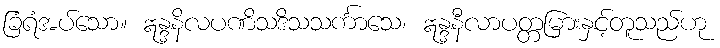
ခြံရံအပ်သော။ ဣန္ဒနိလပဏိသဒိသသင်္ကာသေ၊ ဣန္ဒနီလာပတ္တမြားနှင့်တူသည်ဟု